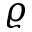
\varrho